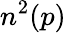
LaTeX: n^{2}(p)